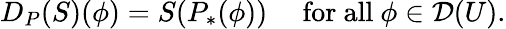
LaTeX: D_{P}(S)(\phi)=S(P_{*}(\phi))\quad{\mathrm{~for~all~}}\phi\in{\mathcal{D}}(U).